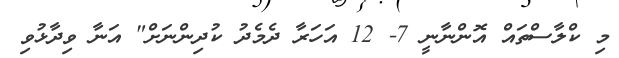
މި ކްލާސްތައް އޮންނާނީ 7- 12 އަހަރާ ދެމެދު ކުދިންނަށް" އަނާ ވިދާޅުވި